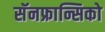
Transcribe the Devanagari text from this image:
सॅनफ्रान्सिको